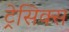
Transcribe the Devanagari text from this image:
ट्रेसिक्स